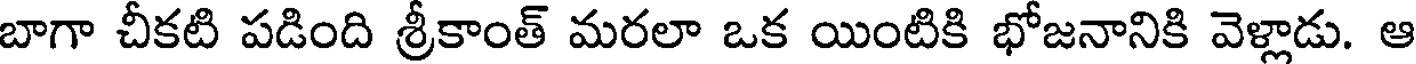
బాగా చీకటి పడింది శ్రీకాంత్ మరలా ఒక యింటికి భోజనానికి వెళ్లాడు. ఆ